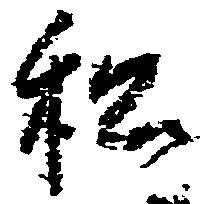
私